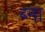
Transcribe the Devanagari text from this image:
ब्ना